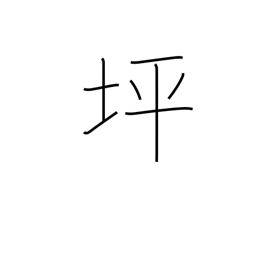
Meaning: approx. thirty-six sq ft